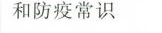
和防疫常识